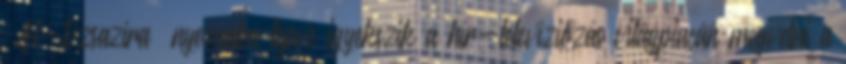
’Al-Dzsazíra’ nyomába lépve igyekszik a hír-televíziózás világpiacán megvetni a